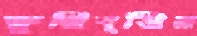
ক্ষুন্নিবৃত্তির